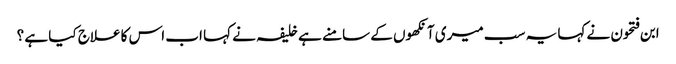
ابن فتحون نے کہا یہ سب میری آنکھوں کے سامنے ہے خلیفہ نے کہا اب اس کا علاج کیا ہے ؟